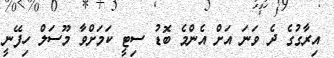
އިރާގުގެ ދެ ވަނަ އަށް އެންމެ ބޮޑު ސިޓީ ކަމަށްވާ މޫސަލް ހިފޭނީ